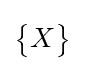
{\begin{Bmatrix}X\end{Bmatrix}}